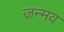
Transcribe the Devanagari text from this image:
जन्मव